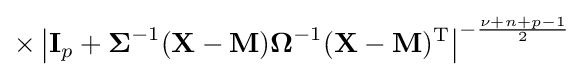
\times \left|\mathbf {I} _{p}+{\boldsymbol {\Sigma }}^{-1}(\mathbf {X} -\mathbf {M} ){\boldsymbol {\Omega }}^{-1}(\mathbf {X} -\mathbf {M} )^{\rm {T}}\right|^{-{\frac {\nu +n+p-1}{2}}}